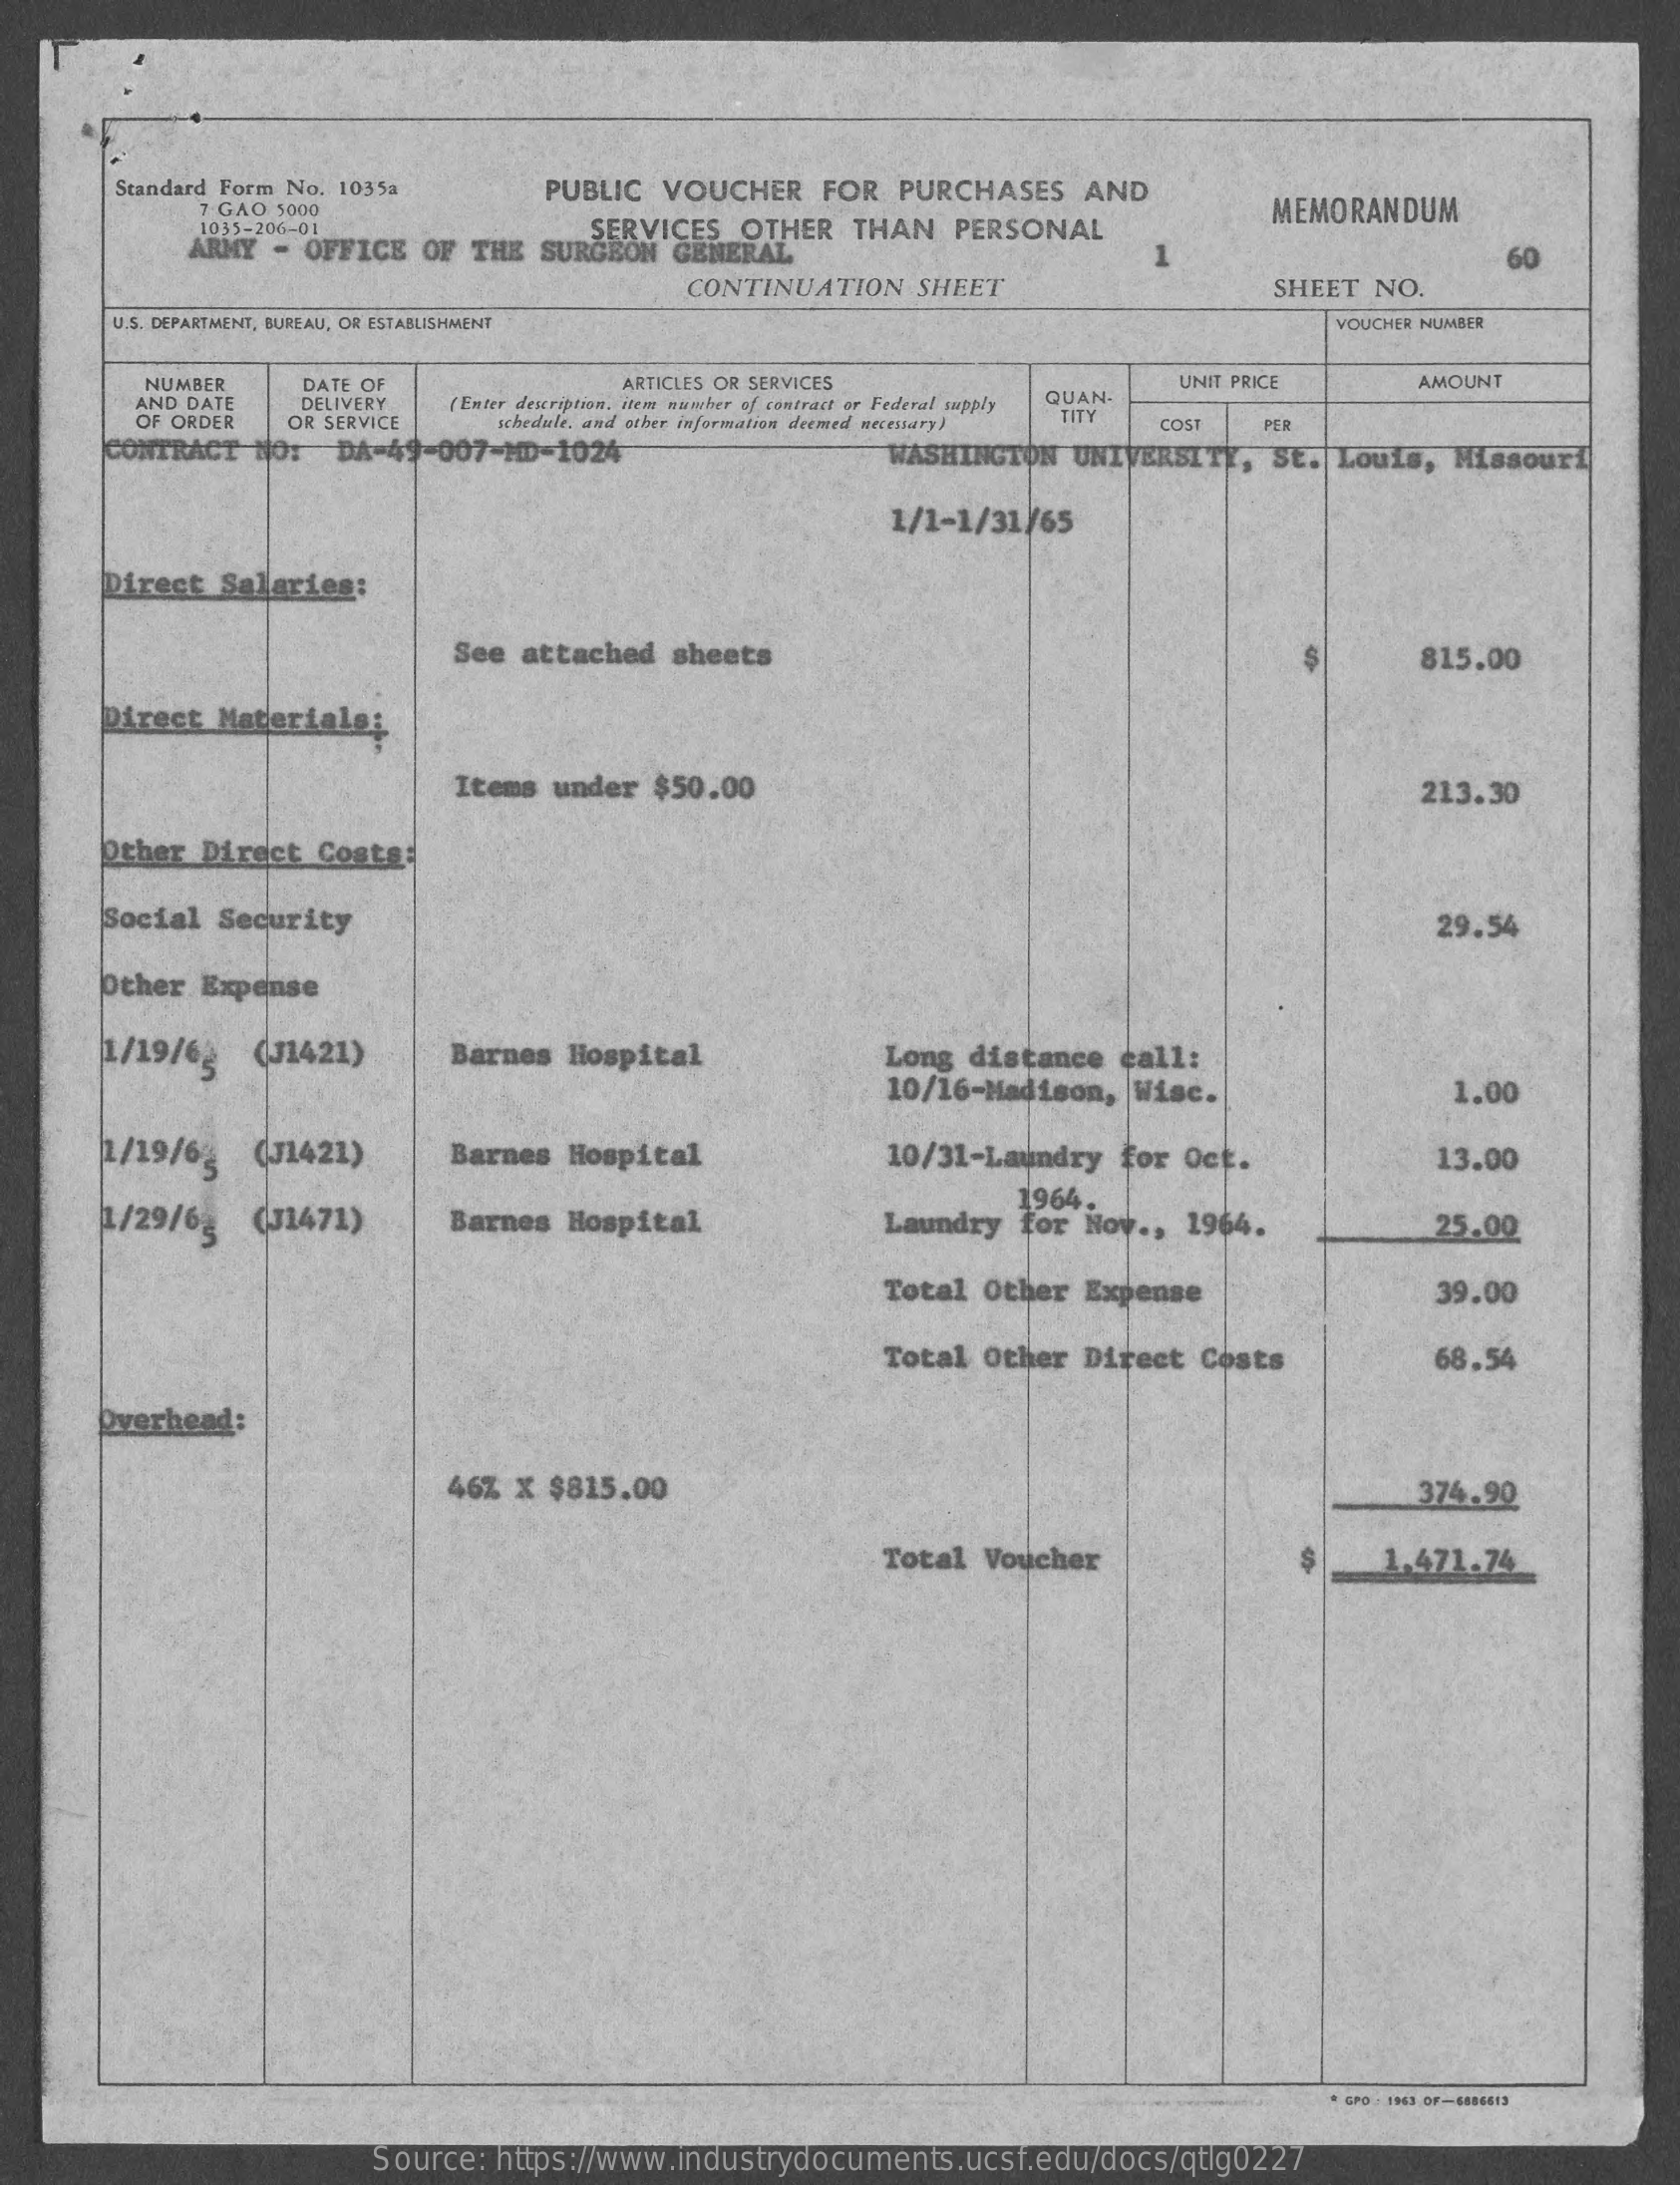
Standard Form No. 1035a PUBLIC VOUCHER FOR PURCHASES AND
     7 GAO 5000    MEMORANDUM
     1035-206-01    SERVICES OTHER THAN PERSONAL
     ARMY - OFFICE OF THE SURGEON GENERAL    1    60
     CONTINUATION SHEET    SHEET NO.
     U.S. DEPARTMENT, BUREAU, OR ESTABLISHMENT    VOUCHER NUMBER
     NUMBER DATE OF    ARTICLES OR SERVICES    UNIT PRICE AMOUNT
     AND DATE
     OF ORDER
     DELIVERY
     OR SERVICE
     (Enter description, item number of contract or Federal supply QUAN-
     schedule, and other information deemed necessary) TITY
     COST PER
     CONTRACT NOT DA-49-007-MD-1024    WASHINGTON UNIVERSITY, St. Louis, Missouri
     1/1-1/31/65
     Direct Salaries:
     See attached sheets    815.00
     Direct Materials;
     Items under $50.00    213.30
     Other Direct Costs:
     Social Security    29.54
     Other Expense
     1/19/62 (J1421) Barnes Hospital    Long distance call:
     10/16-Madison, Wisc.    1.00
     2/19/6 (J1421) Barnes Hospital    10/31-Laundry for Oct.  13.00
     1/29/63 (J1471) Barnes Hospital
     1964.
     Laundry for Nov ., 1964. 25.00
     Total Other Expense    39.00
     Total Other Direct Costs 68.54
     Overhead:
     46% x $815.00    374.90
     Total Voucher    1,471.74
     * GPD - 1943 OF-6886613
     Source: https://www.industrydocuments.ucsf.edu/docs/qtlg0227